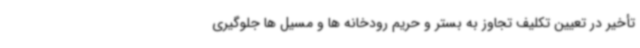
تأخیر در تعیین تکلیف تجاوز به بستر و حریم رودخانه ها و مسیل ها جلوگیری